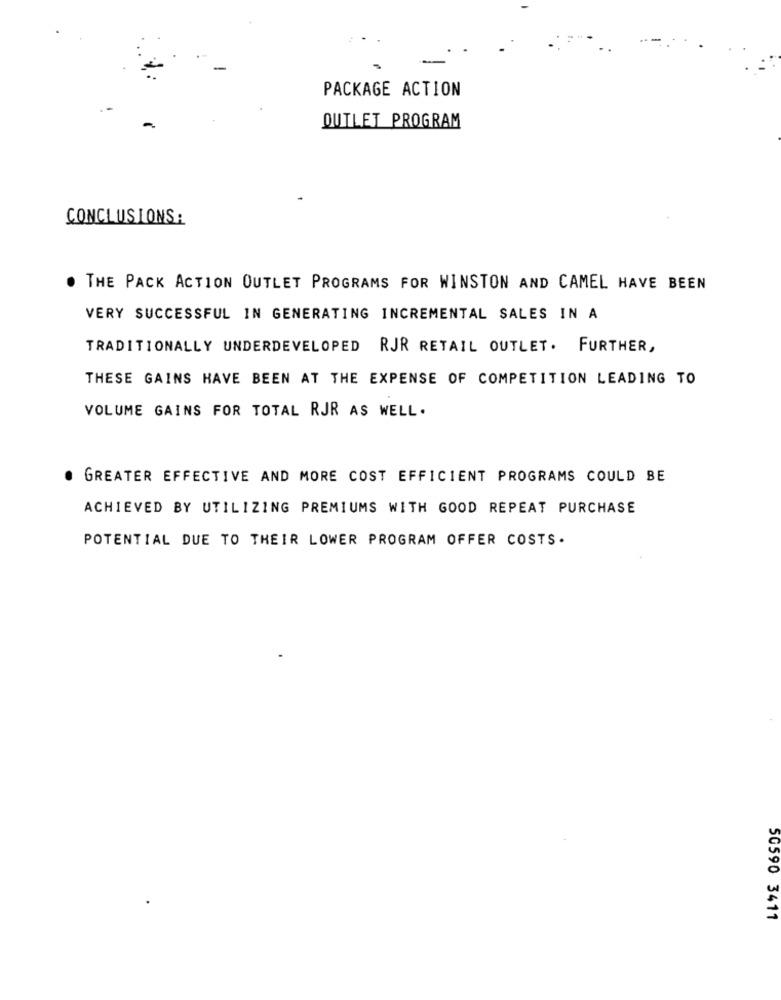
PACKAGE ACTION
OUTLET PROGRAM
CONCLUSIONS :
THE PACK ACTION OUTLET PROGRAMS FOR WINSTON AND CAMEL HAVE BEEN
VERY SUCCESSFUL IN GENERATING INCREMENTAL SALES IN A
TRADITIONALLY UNDERDEVELOPED RJR RETAIL OUTLET. FURTHER,
THESE GAINS HAVE BEEN AT THE EXPENSE OF COMPETITION LEADING TO
VOLUME GAINS FOR TOTAL RJR AS WELL.
GREATER EFFECTIVE AND MORE COST EFFICIENT PROGRAMS COULD BE
ACHIEVED BY UTILIZING PREMIUMS WITH GOOD REPEAT PURCHASE
POTENTIAL DUE TO THEIR LOWER PROGRAM OFFER COSTS.
50590 3411